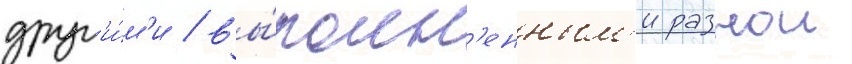
друг'и́м'и / вы́полн'енным'и разнои